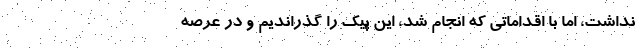
نداشت، اما با اقداماتی که انجام شد، این پیک را گذراندیم و در عرصه